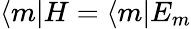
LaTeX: \langle m|H=\langle m|E_{m}